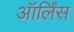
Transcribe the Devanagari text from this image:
ऑर्लिंस